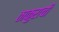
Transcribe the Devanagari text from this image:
ठाकुराची